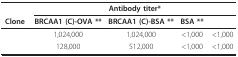
<table><thead><tr><td>[EMPTY_CELL]</td><td colspan="4"><b>Antibody titer*</b></td></tr><tr><td><b>Clone</b></td><td><b>BRCAA1 (C)-OVA **</b></td><td><b>BRCAA1 (C)-BSA **</b></td><td><b>BSA **</b></td><td>[EMPTY_CELL]</td></tr></thead><tbody><tr><td>[EMPTY_CELL]</td><td>1,024,000</td><td>1,024,000</td><td>&lt;1,000</td><td>&lt;1,000</td></tr><tr><td>[EMPTY_CELL]</td><td>128,000</td><td>512,000</td><td>&lt;1,000</td><td>&lt;1,000</td></tr></tbody></table>